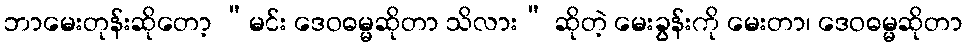
ဘာမေးတုန်းဆိုတော့ “မင်း ဒေဝဓမ္မဆိုတာ သိလား” ဆိုတဲ့ မေးခွန်းကို မေးတာ၊ ဒေဝဓမ္မဆိုတာ